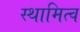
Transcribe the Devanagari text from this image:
स्थामित्व